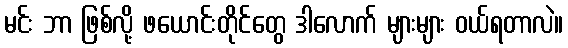
မင်း ဘာ ဖြစ်လို့ ဖယောင်းတိုင်တွေ ဒါလောက် များများ ဝယ်ရတာလဲ။